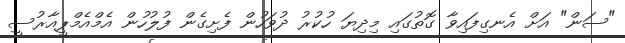
"ސަން" އަށް އެނގިފައިވާ ގޮތުގައި މިދިޔަ ހުކުރު ދުވަހުން ފެށިގެން ފުލުހުން އެމްއެމްޕީއާރުސީ